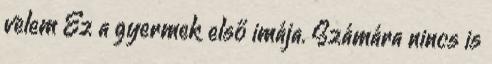
velem Ez a gyermek első imája. Számára nincs is